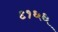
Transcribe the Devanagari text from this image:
९१६६